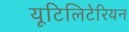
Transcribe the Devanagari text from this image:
यूटिलिटेरियन